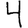
Digit: 4